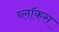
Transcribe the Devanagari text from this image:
ब्लॉकस